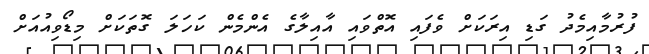
ފުރުމާއިމެދު ގަޑި އިރަކަށް ވެފައި އޮތްވައި އާއިލާގެ އެންމެން ކަހަލަ ގޮތަކަށް މިޑޯވިއުއަށް